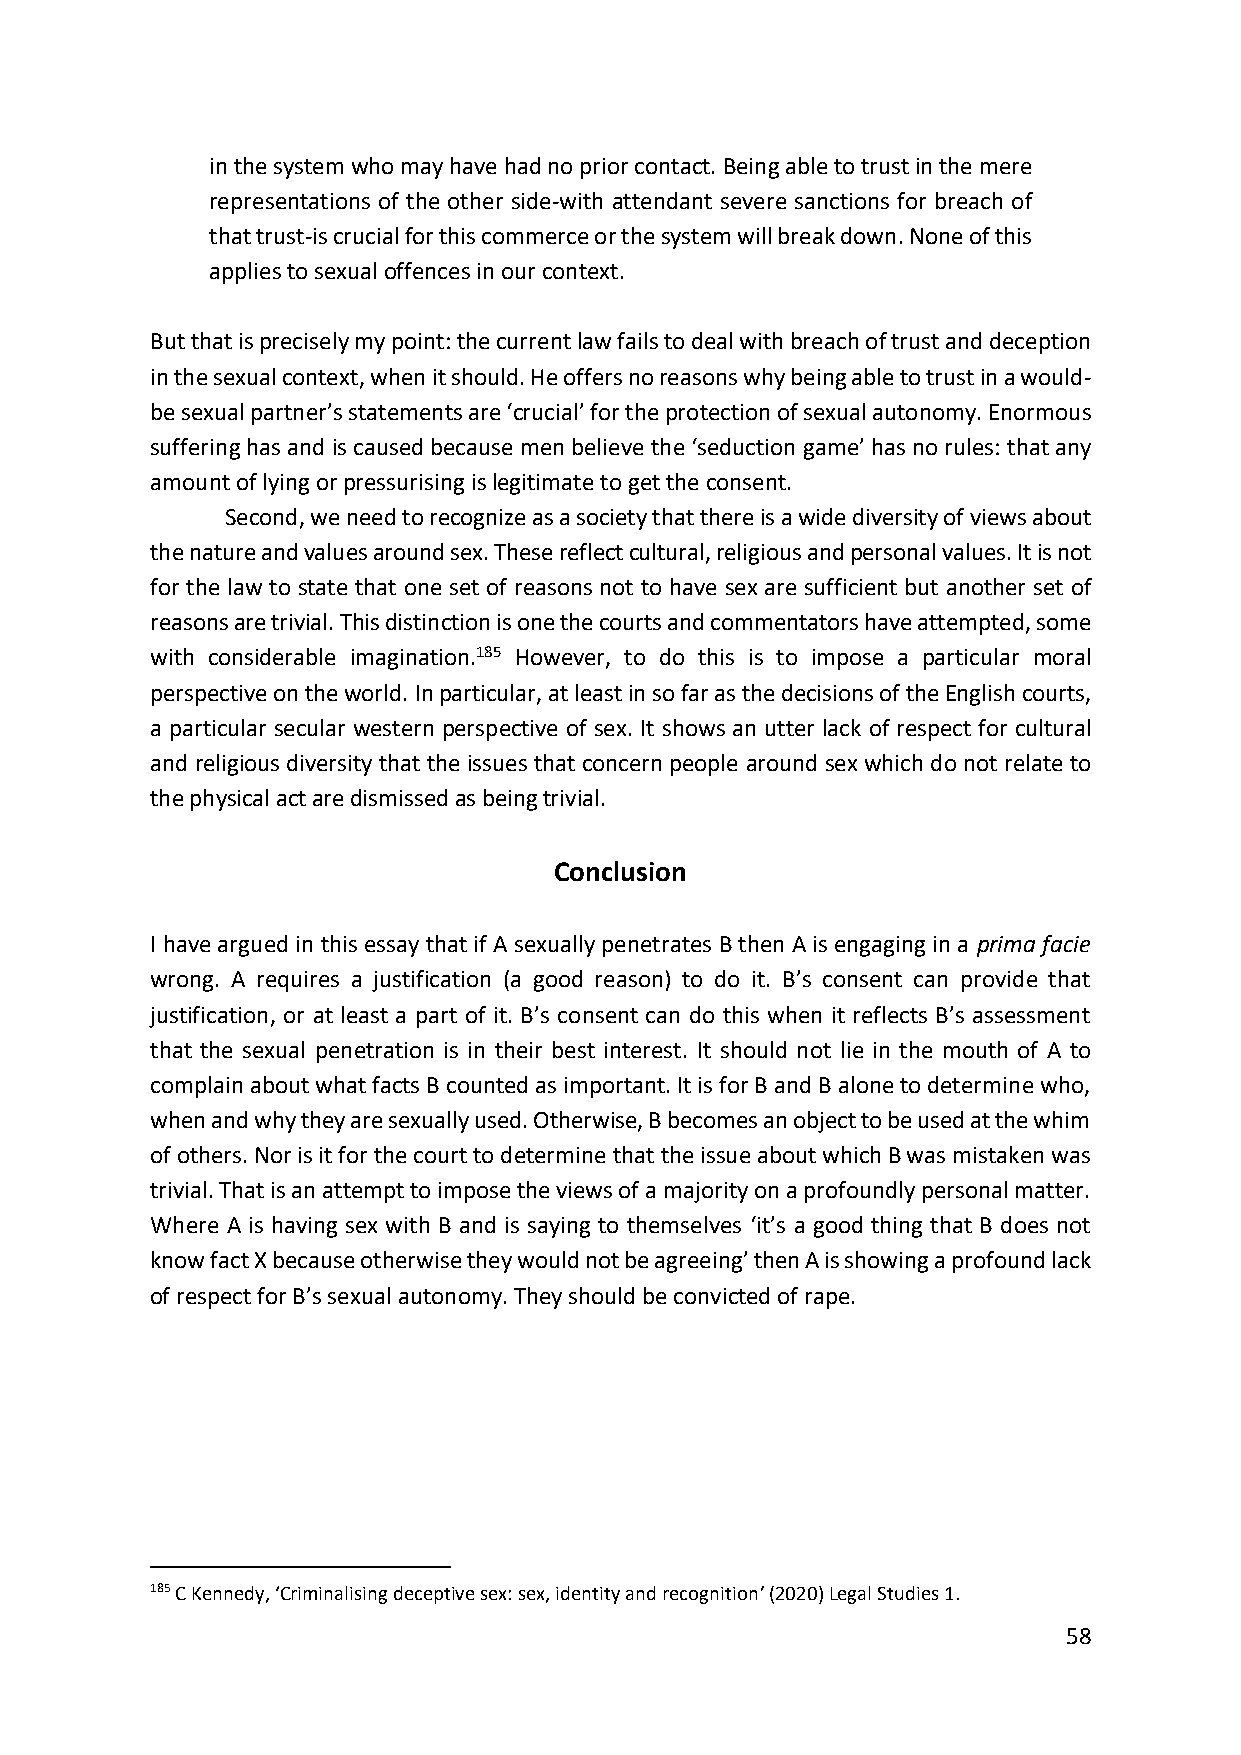
in the system who may have had no prior contact. Being able to trust in the mere
 representations of the other side-with attendant severe sanctions for breach of
 that trust-is crucial for this commerce or the system will break down. None of this
 applies to sexual offences in our context.
 But that is precisely my point: the current law fails to deal with breach of trust and deception
 in the sexual context, when it should. He offers no reasons why being able to trust in a would-
 be sexual partner’s statements are ‘crucial’ for the protection of sexual autonomy. Enormous
 suffering has and is caused because men believe the ‘seduction game’ has no rules: that any
 amount of lying or pressurising is legitimate to get the consent.
 Second, we need to recognize as a society that there is a wide diversity of views about
 the nature and values around sex. These reflect cultural, religious and personal values. It is not
 for the law to state that one set of reasons not to have sex are sufficient but another set of
 reasons are trivial. This distinction is one the courts and commentators have attempted, some
 with considerable imagination.185 However, to do this is to impose a particular moral
 perspective on the world. In particular, at least in so far as the decisions of the English courts,
 a particular secular western perspective of sex. It shows an utter lack of respect for cultural
 and religious diversity that the issues that concern people around sex which do not relate to
 the physical act are dismissed as being trivial.
 Conclusion
 I have argued in this essay that if A sexually penetrates B then A is engaging in a prima facie
 wrong. A requires a justification (a good reason) to do it. B’s consent can provide that
 justification, or at least a part of it. B’s consent can do this when it reflects B’s assessment
 that the sexual penetration is in their best interest. It should not lie in the mouth of A to
 complain about what facts B counted as important. It is for B and B alone to determine who,
 when and why they are sexually used. Otherwise, B becomes an object to be used at the whim
 of others. Nor is it for the court to determine that the issue about which B was mistaken was
 trivial. That is an attempt to impose the views of a majority on a profoundly personal matter.
 Where A is having sex with B and is saying to themselves ‘it’s a good thing that B does not
 know fact X because otherwise they would not be agreeing’ then A is showing a profound lack
 of respect for B’s sexual autonomy. They should be convicted of rape.
 185 C Kennedy, ‘Criminalising deceptive sex: sex, identity and recognition’ (2020) Legal Studies 1.
 58